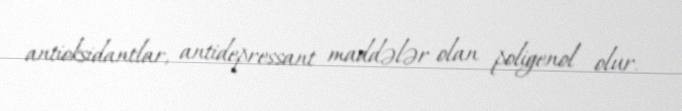
antioksidantlar, antidepressant maddələr olan poligenol olur.